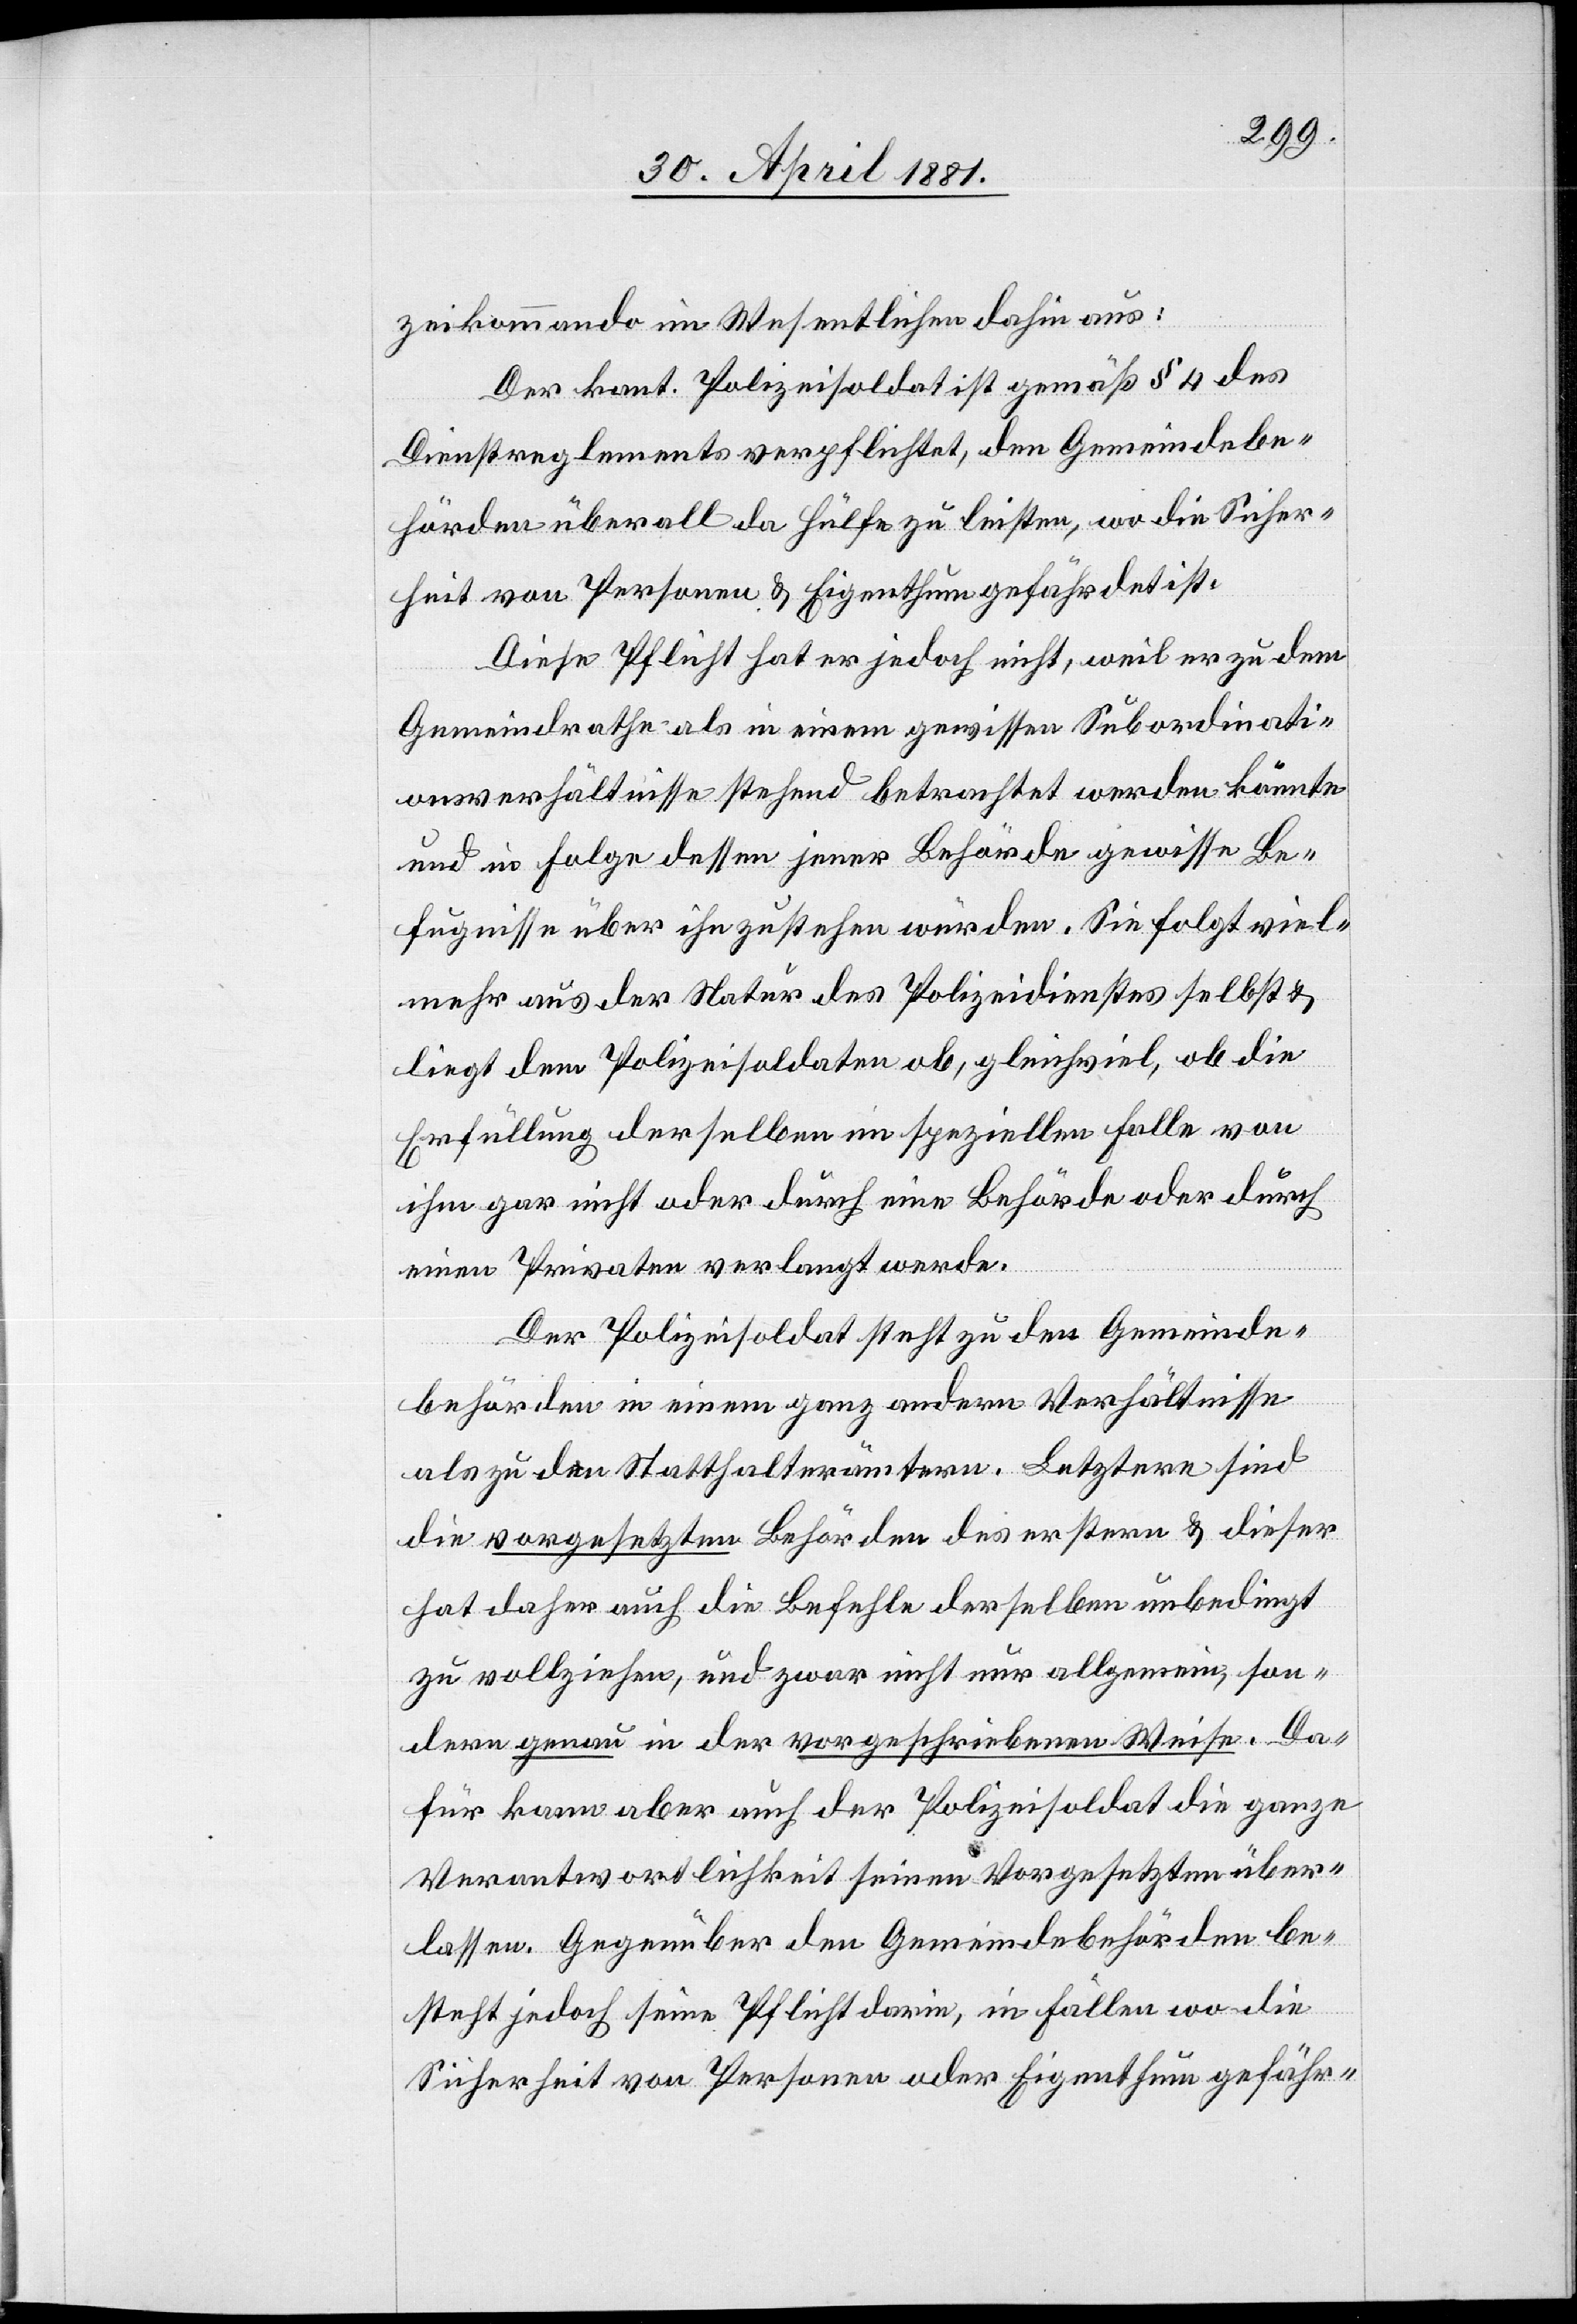
zeikommando im Wesentlichen dahin aus:
Der kant. Polizeisoldat ist gemäß § 4 des
Dienstreglements verpflichtet, den Gemeindebe¬
hörden überall da Hülfe zu leisten, wo die Sicher¬
heit von Personen & Eigenthum gefährdet ist.
Diese Pflicht hat er jedoch nicht, weil er zu dem
Gemeindrathe als in einem gewissen Subordinati¬
onsverhältnisse stehend betrachtet werden könnte
und in Folge dessen jener Behörde gewisse Be¬
fugnisse über ihn zustehen würden. Sie folgt viel¬
mehr aus der Natur des Polizeidienstes selbst &
liegt dem Polizeisoldaten ob. Gleichviel, ob die
Erfüllung derselben im speziellen Falle von
ihm gar nicht oder durch eine Behörde oder durch
einen Privaten verlangt werde.
Der Polizeisoldat steht zu den Gemeinde¬
behörden in einem ganz andern Verhältnisse
als zu den Statthalterämtern. Letztere sind
die vorgesetzten Behörden des erstern & dieser
hat daher auch die Befehle derselben unbedingt
zu vollziehen, und zwar nicht nur allgemein, son¬
dern genau in der vorgeschriebenen Weise. Da¬
für kann aber auch der Polizeisoldat die ganze
Verantwortlichkeit seinen Vorgesetzten über¬
lassen. Gegenüber den Gemeindebehörden be¬
steht jedoch seine Pflicht darin, in Fällen wo die
Sicherheit von Personen oder Eigenthum gefähr-